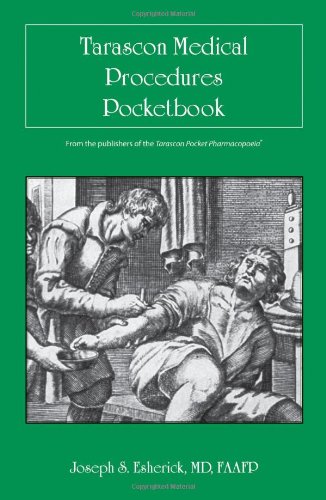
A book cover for Tarascon Medical Procedures Pocketbook; Joseph S. Esherick; Medical Books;